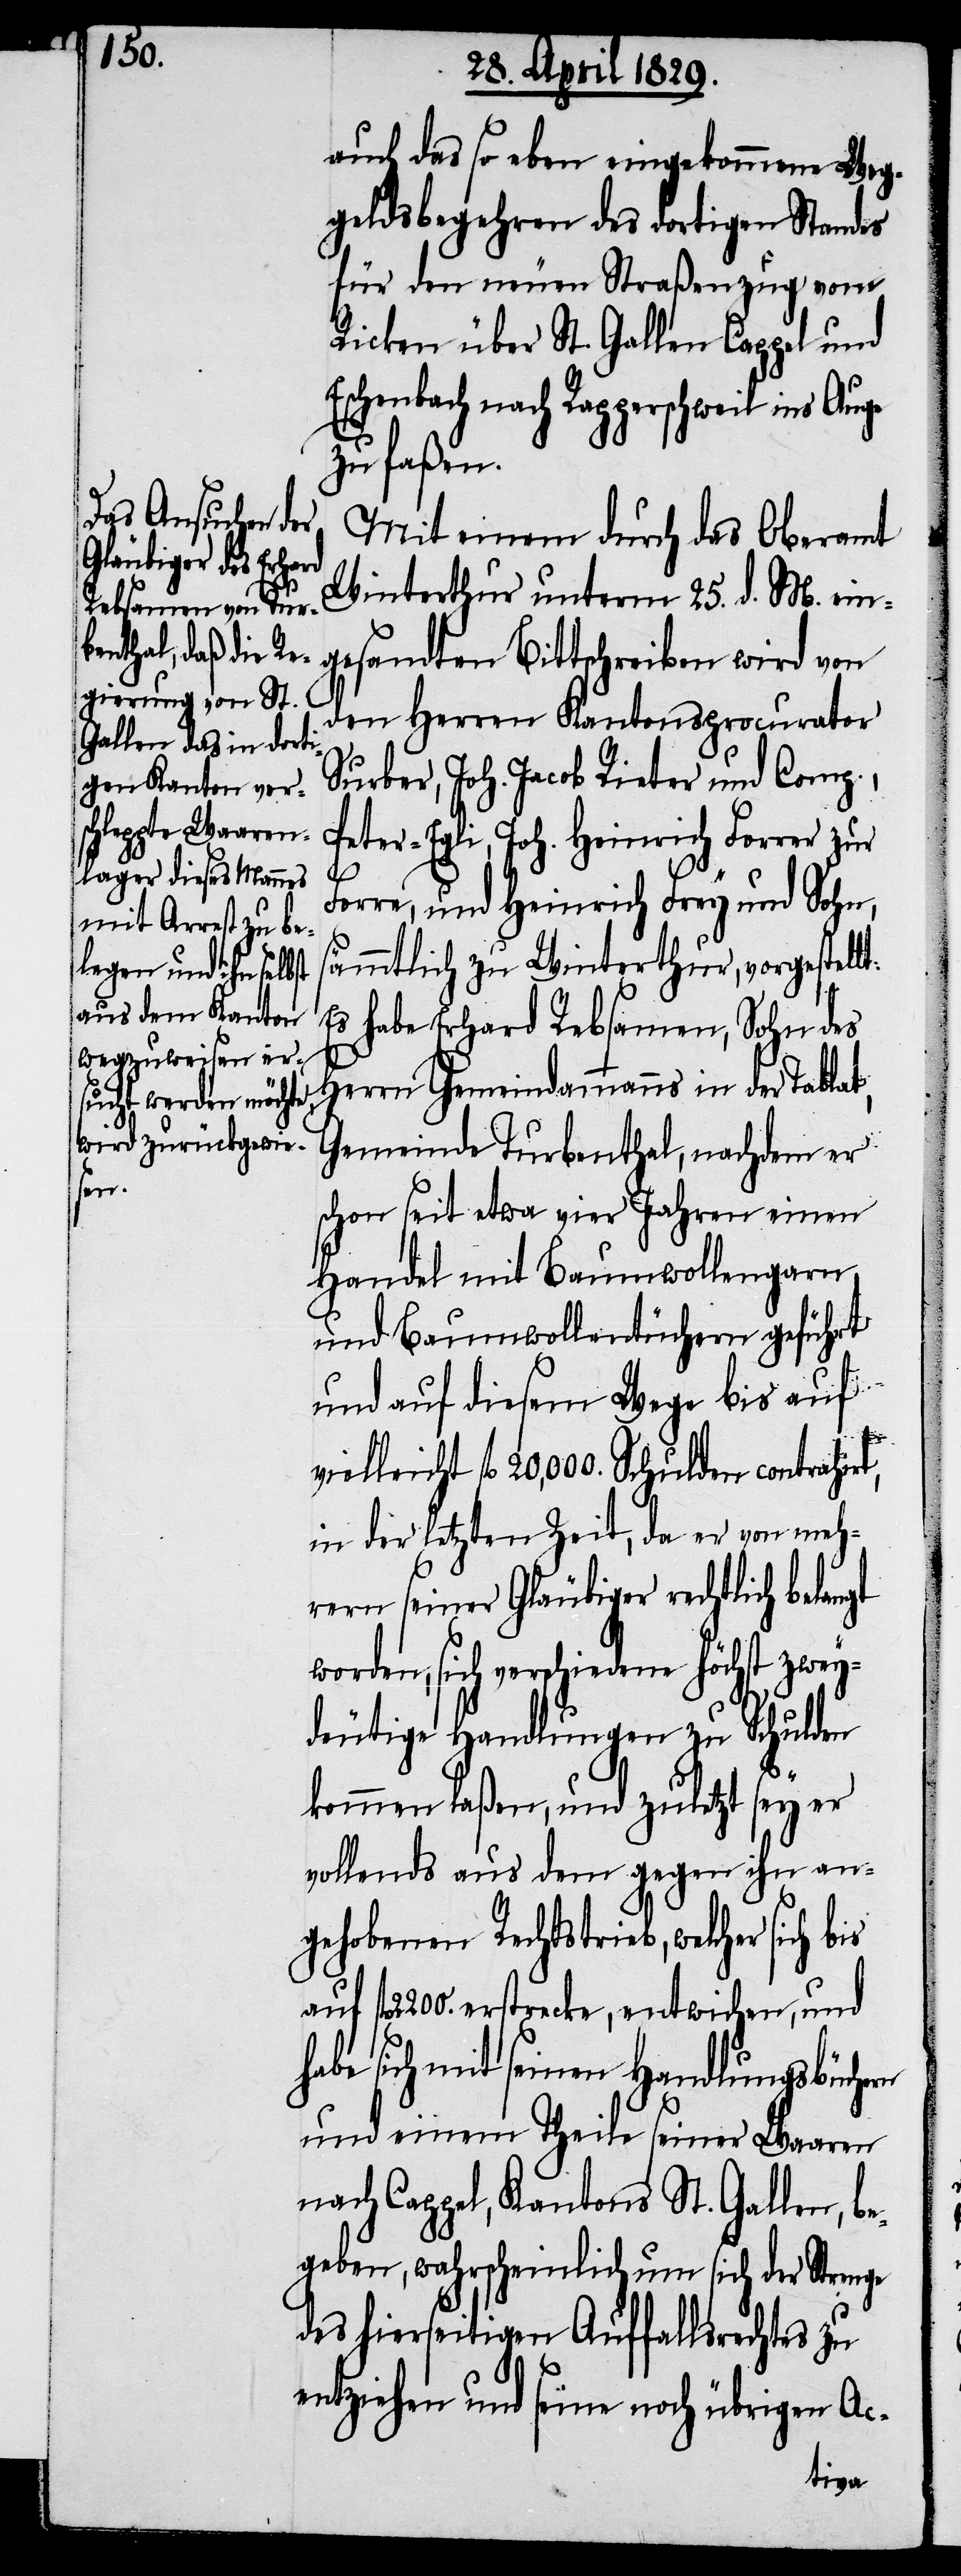
auch das so eben eingekommene Weg¬
geldsbegehren des dortigen Standes
für den neuen Straßenzug vom
Ricken über St. Gallen Cappel und
Eschenbach nach Rapperschweil ins Auge
zu faßen.
Mit einem durch das Oberamt
Winterthur unterm 25. d. M. ein¬
gesandten Bittschreiben wird von
den Herren Kantonsprocurator
Surber, Joh. Jacob Rieter und Comp.,
Peter-Egli, Joh. Heinrich Forrer z¬
Ferre, und Heinrich Frey und Sohn,
sämmtlich zu Winterthur, vorgestellt:
Es habe Erhard Rebsamen, Sohn des
Herrn Gemeindammanns in der Tablat,
Gemeinde Turbenthal, nachdem er
schon seit etwa vier Jahren einen
Handel mit Baumwollengarn
und Baumwollentüchern geführt
und auf diesem Wege bis auf
is
lleicht fl. 20,000. Schulden contrahir¬
in der letzten Zeit, da er von meh¬
rern seiner Gläubiger rechtlich belangt
worden, sich verschiedene höchst zwey¬
deutige Handlungen zu Schulden
kommen laßen, und zuletzt sey er
vollends aus dem gegen ihn an¬
gehobenen Rechtstrieb, welcher sich b¬
fl. 2200. erstrecke, entwichen, und
habe sich mit seinen Handlungsbüchern
und einem Theile seiner Waaren
nach Cappel, Kantons St. Gallen, b¬
egeben, wahrscheinlich um sich der Strenge
des hierseitigen Auffallsrechtes zu
entziehen und seine noch übrigen Ac-